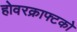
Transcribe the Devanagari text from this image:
होवरक्राफ्टको